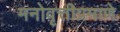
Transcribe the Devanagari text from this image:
मनोवृत्तीप्रमाणे